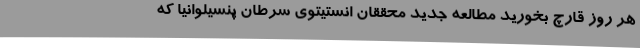
هر روز قارچ بخورید مطالعه جدید محققان انستیتوی سرطان پنسیلوانیا که